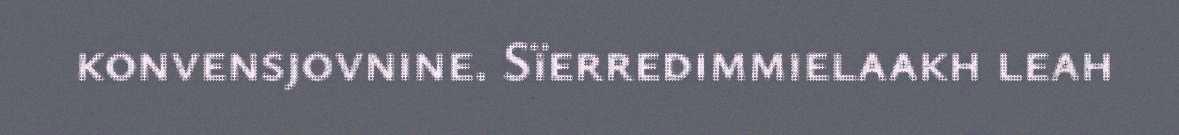
konvensjovnine. Sïerredimmielaakh leah